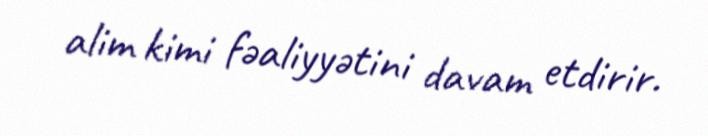
alim kimi fəaliyyətini davam etdirir.